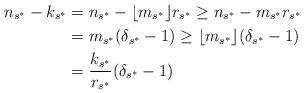
LaTeX: \begin{align*} n_{s^*} - k_{s^*} & = n_{s^*} - \lfloor m_{s^*} \rfloor r_{s^*} \geq n_{s^*} - m_{s^*} r_{s^*} \\ & = m_{s^*} ( \delta_{s^*} - 1 ) \geq \lfloor m_{s^*} \rfloor( \delta_{s^*} - 1 ) \\ & = \frac{k_{s^*}}{r_{s^*}} ( \delta_{s^*} - 1 ) \end{align*}